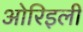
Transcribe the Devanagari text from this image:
ओरिइली